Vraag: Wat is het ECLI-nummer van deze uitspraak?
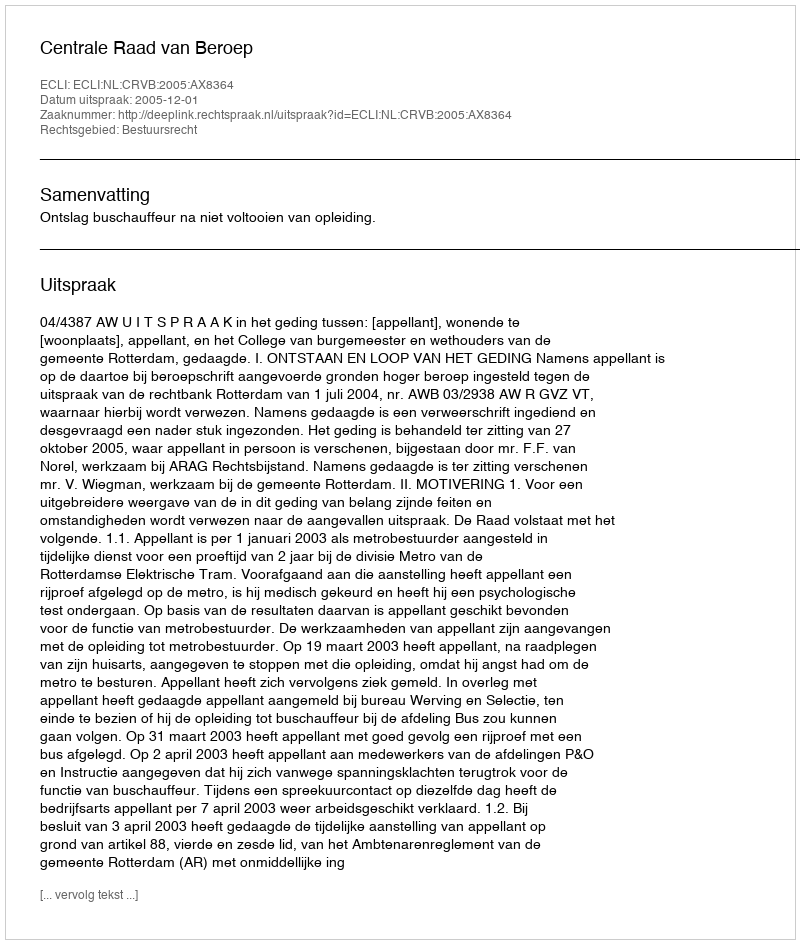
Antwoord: ECLI:NL:CRVB:2005:AX8364